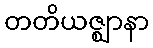
တတိယဇ္ဈာနာ